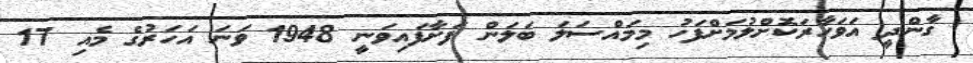
ގާންދީ އަވަހާރަކޮށްލުމަށްފަހު މިމައްސަލަ ބަލަން ފަށާފައިވަނީ 1948 ވަނަ އަހަރުގެ މެއި 17